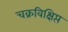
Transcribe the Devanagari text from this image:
चक्रविक्षिप्त